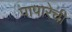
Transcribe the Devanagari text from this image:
पापारेची